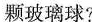
颗玻璃球?